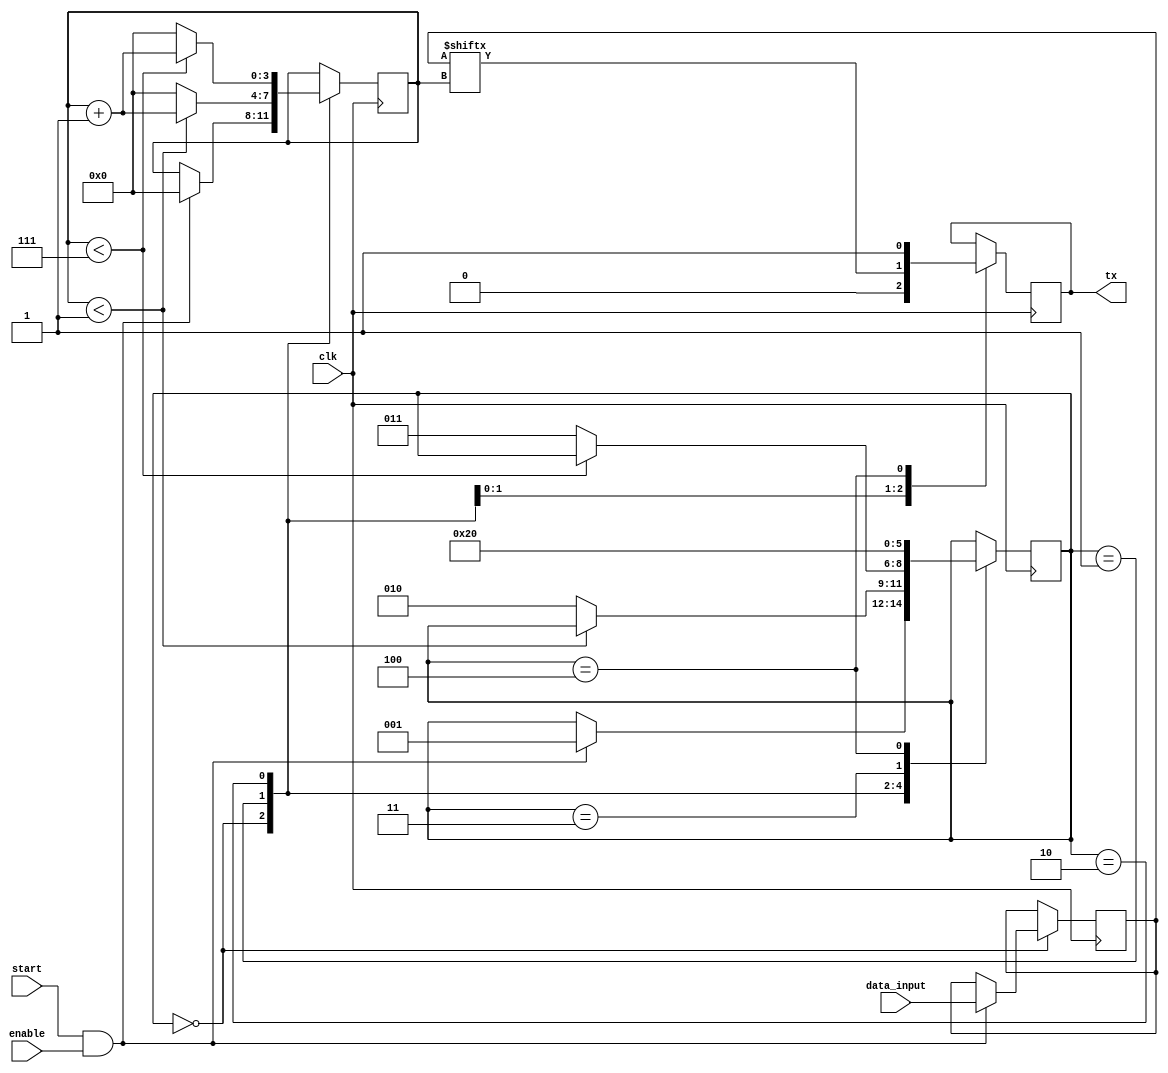
module UART_transmitter(
    input wire clk,
    input wire start,
    input wire enable,
    input wire [7:0] data_input,
    output reg tx
);

// Define states for state machine
parameter IDLE = 0;
parameter START_BIT = 1;
parameter DATA_BIT = 2;
parameter PARITY_BIT = 3;
parameter STOP_BIT = 4;

// Define internal signals and registers
reg [2:0] state;
reg [7:0] data;
reg [3:0] bit_count;

always @(posedge clk) begin
    case(state)
        IDLE: begin
            if(start && enable) begin
                state <= START_BIT;
                data <= data_input;
                bit_count <= 0;
            end
        end
        START_BIT: begin
            tx <= 0;
            if(bit_count < 1) begin
                bit_count <= bit_count + 1;
            end else begin
                state <= DATA_BIT;
                bit_count <= 0;
            end
        end
        DATA_BIT: begin
            tx <= data[bit_count];
            if(bit_count < 7) begin
                bit_count <= bit_count + 1;
            end else begin
                state <= PARITY_BIT;
                bit_count <= 0;
            end
        end
        PARITY_BIT: begin
            // Implement parity bit transmission if needed
            state <= STOP_BIT;
        end
        STOP_BIT: begin
            tx <= 1;
            state <= IDLE;
        end
    endcase
end

endmodule